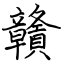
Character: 贛